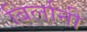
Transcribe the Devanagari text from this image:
बिर्लांनी